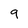
Character: 9